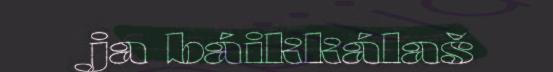
ja báikkálaš